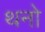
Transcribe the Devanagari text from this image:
थनो